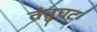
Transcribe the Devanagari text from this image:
तंतुघट